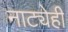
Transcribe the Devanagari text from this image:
नाट्येही